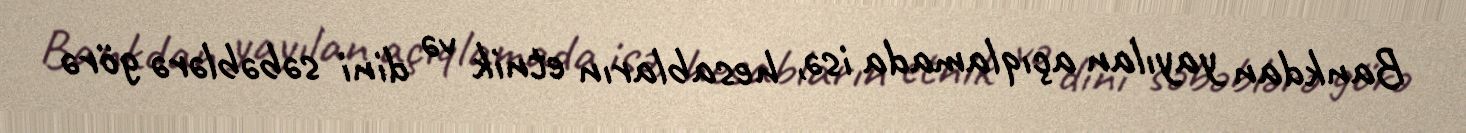
Bankdan yayılan açıqlamada isə, hesabların etnik və dini səbəblərə görə